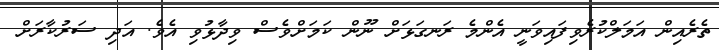
ތެރެއިން އަމަލްކުރެވިފައިވަނީ އެންމެ ރަނގަޅަށް ނޫން ކަމަށްވެސް ވިދާޅުވި އެވެ. އަދި ސަރުކާރަށް